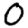
Digit: 0